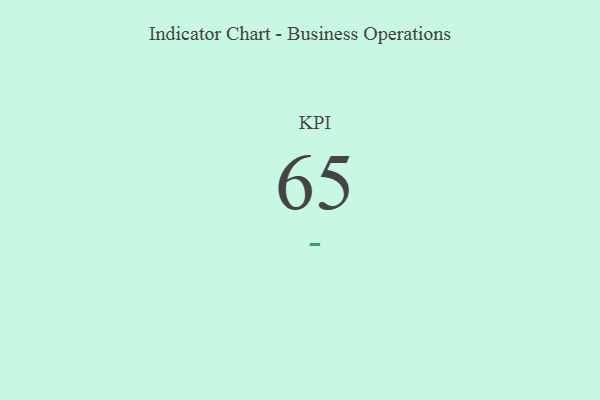
{"axis": {"x": "KPI", "y": "Value"}, "legend": [""], "data": [{"x": "KPI", "y": 65, "type": ""}]}